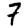
Digit: 7